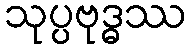
သုပ္ပဗုဒ္ဓဿ